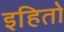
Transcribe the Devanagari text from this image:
इहितो